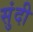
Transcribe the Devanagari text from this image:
सुंदी